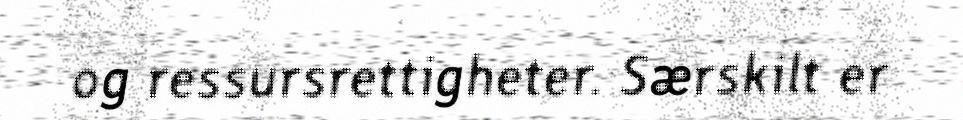
og ressursrettigheter. Særskilt er